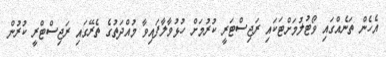
އެހެން ތަނެއްގައި ވޯޓުލުމަށްޓަކައި ރަޖިސްޓަރީ ކުރުމަށް ހުޅުވާލާފައިވާ މުއްދަތުގެ ތެރޭގައި ރަޖިސްޓްރީ ކުރުން